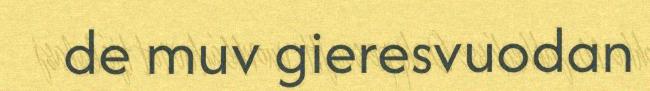
de muv gieresvuodan